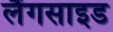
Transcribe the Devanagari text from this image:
लैंगसाइड